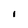
Character: I